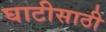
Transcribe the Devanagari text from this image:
घाटीसाठी